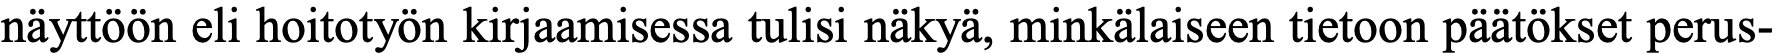
näyttöön eli hoitotyön kirjaamisessa tulisi näkyä, minkälaiseen tietoon päätökset perus-